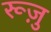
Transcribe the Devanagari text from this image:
रूज़ु